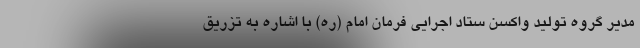
مدیر گروه تولید واکسن ستاد اجرایی فرمان امام (ره) با اشاره به تزریق